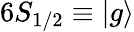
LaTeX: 6S_{1/2}\equiv\left|g\right\rangle